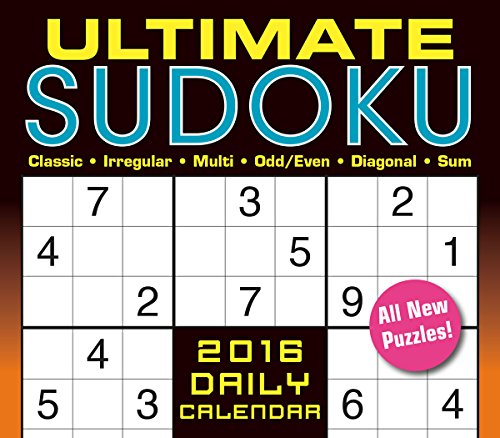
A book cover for Ultimate Sudoku 2016 Boxed/Daily Calendar; Conceptis Puzzles; Calendars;